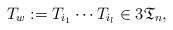
LaTeX: \begin{gather*}T_w:=T_{i_{1}} \cdots T_{i_{l}} \in 3 \mathfrak{T}_n,\end{gather*}